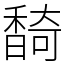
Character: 䭲